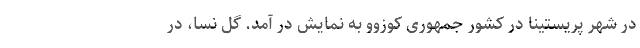
در شهر پریستینا در کشور جمهوری کوزوو به نمایش در آمد. گل نسا، در